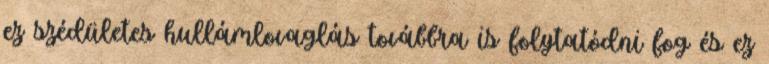
ez szédületes hullámlovaglás továbbra is folytatódni fog és ez